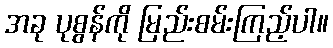
အခု ပုစွန်ကို မြည်းစမ်းကြည့်ပါ။